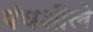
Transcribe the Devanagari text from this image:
पंचशीले